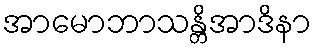
အာမောဘာသန္တိအာဒိနာ